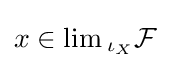
x\in \lim {}_{\iota _{X}}{\mathcal {F}}